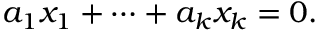
a _ { 1 } x _ { 1 } + \cdots + a _ { k } x _ { k } = 0 .